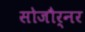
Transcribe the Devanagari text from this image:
सोजौर्नर